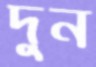
দুন